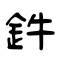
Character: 鈝